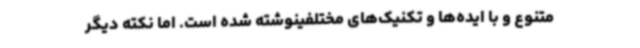
متنوع و با ایده‌ها و تکنیک‌های مختلفینوشته شده است. اما نکته دیگر